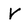
Character: V